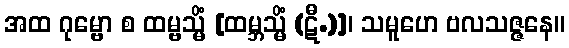
အထ ဂုမ္ဗော စ ထမ္ဗသ္မိံ [ထမ္ဘသ္မိံ (ဋီ.)]၊ သမူဟေ ဗလသဇ္ဇနေ။